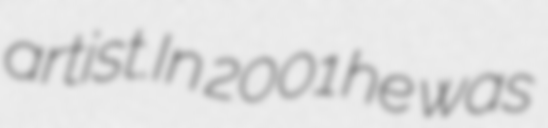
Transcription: artist.In 2001 he was